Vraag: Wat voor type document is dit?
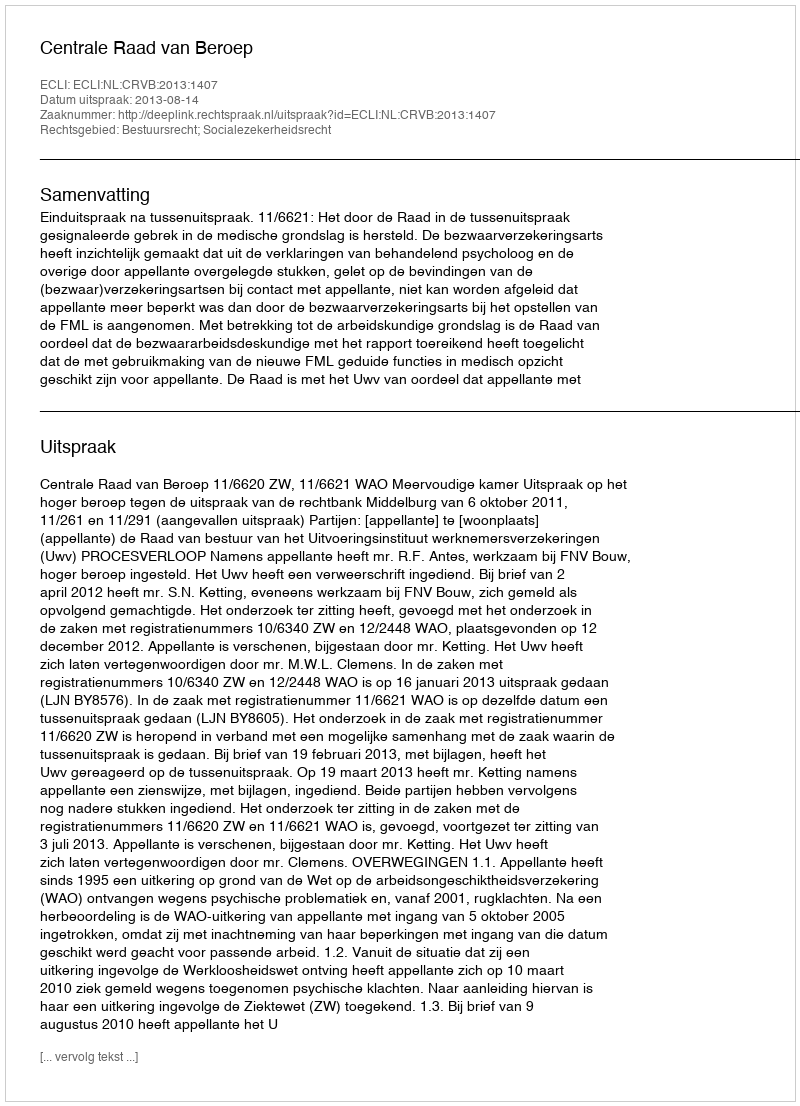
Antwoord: Uitspraak